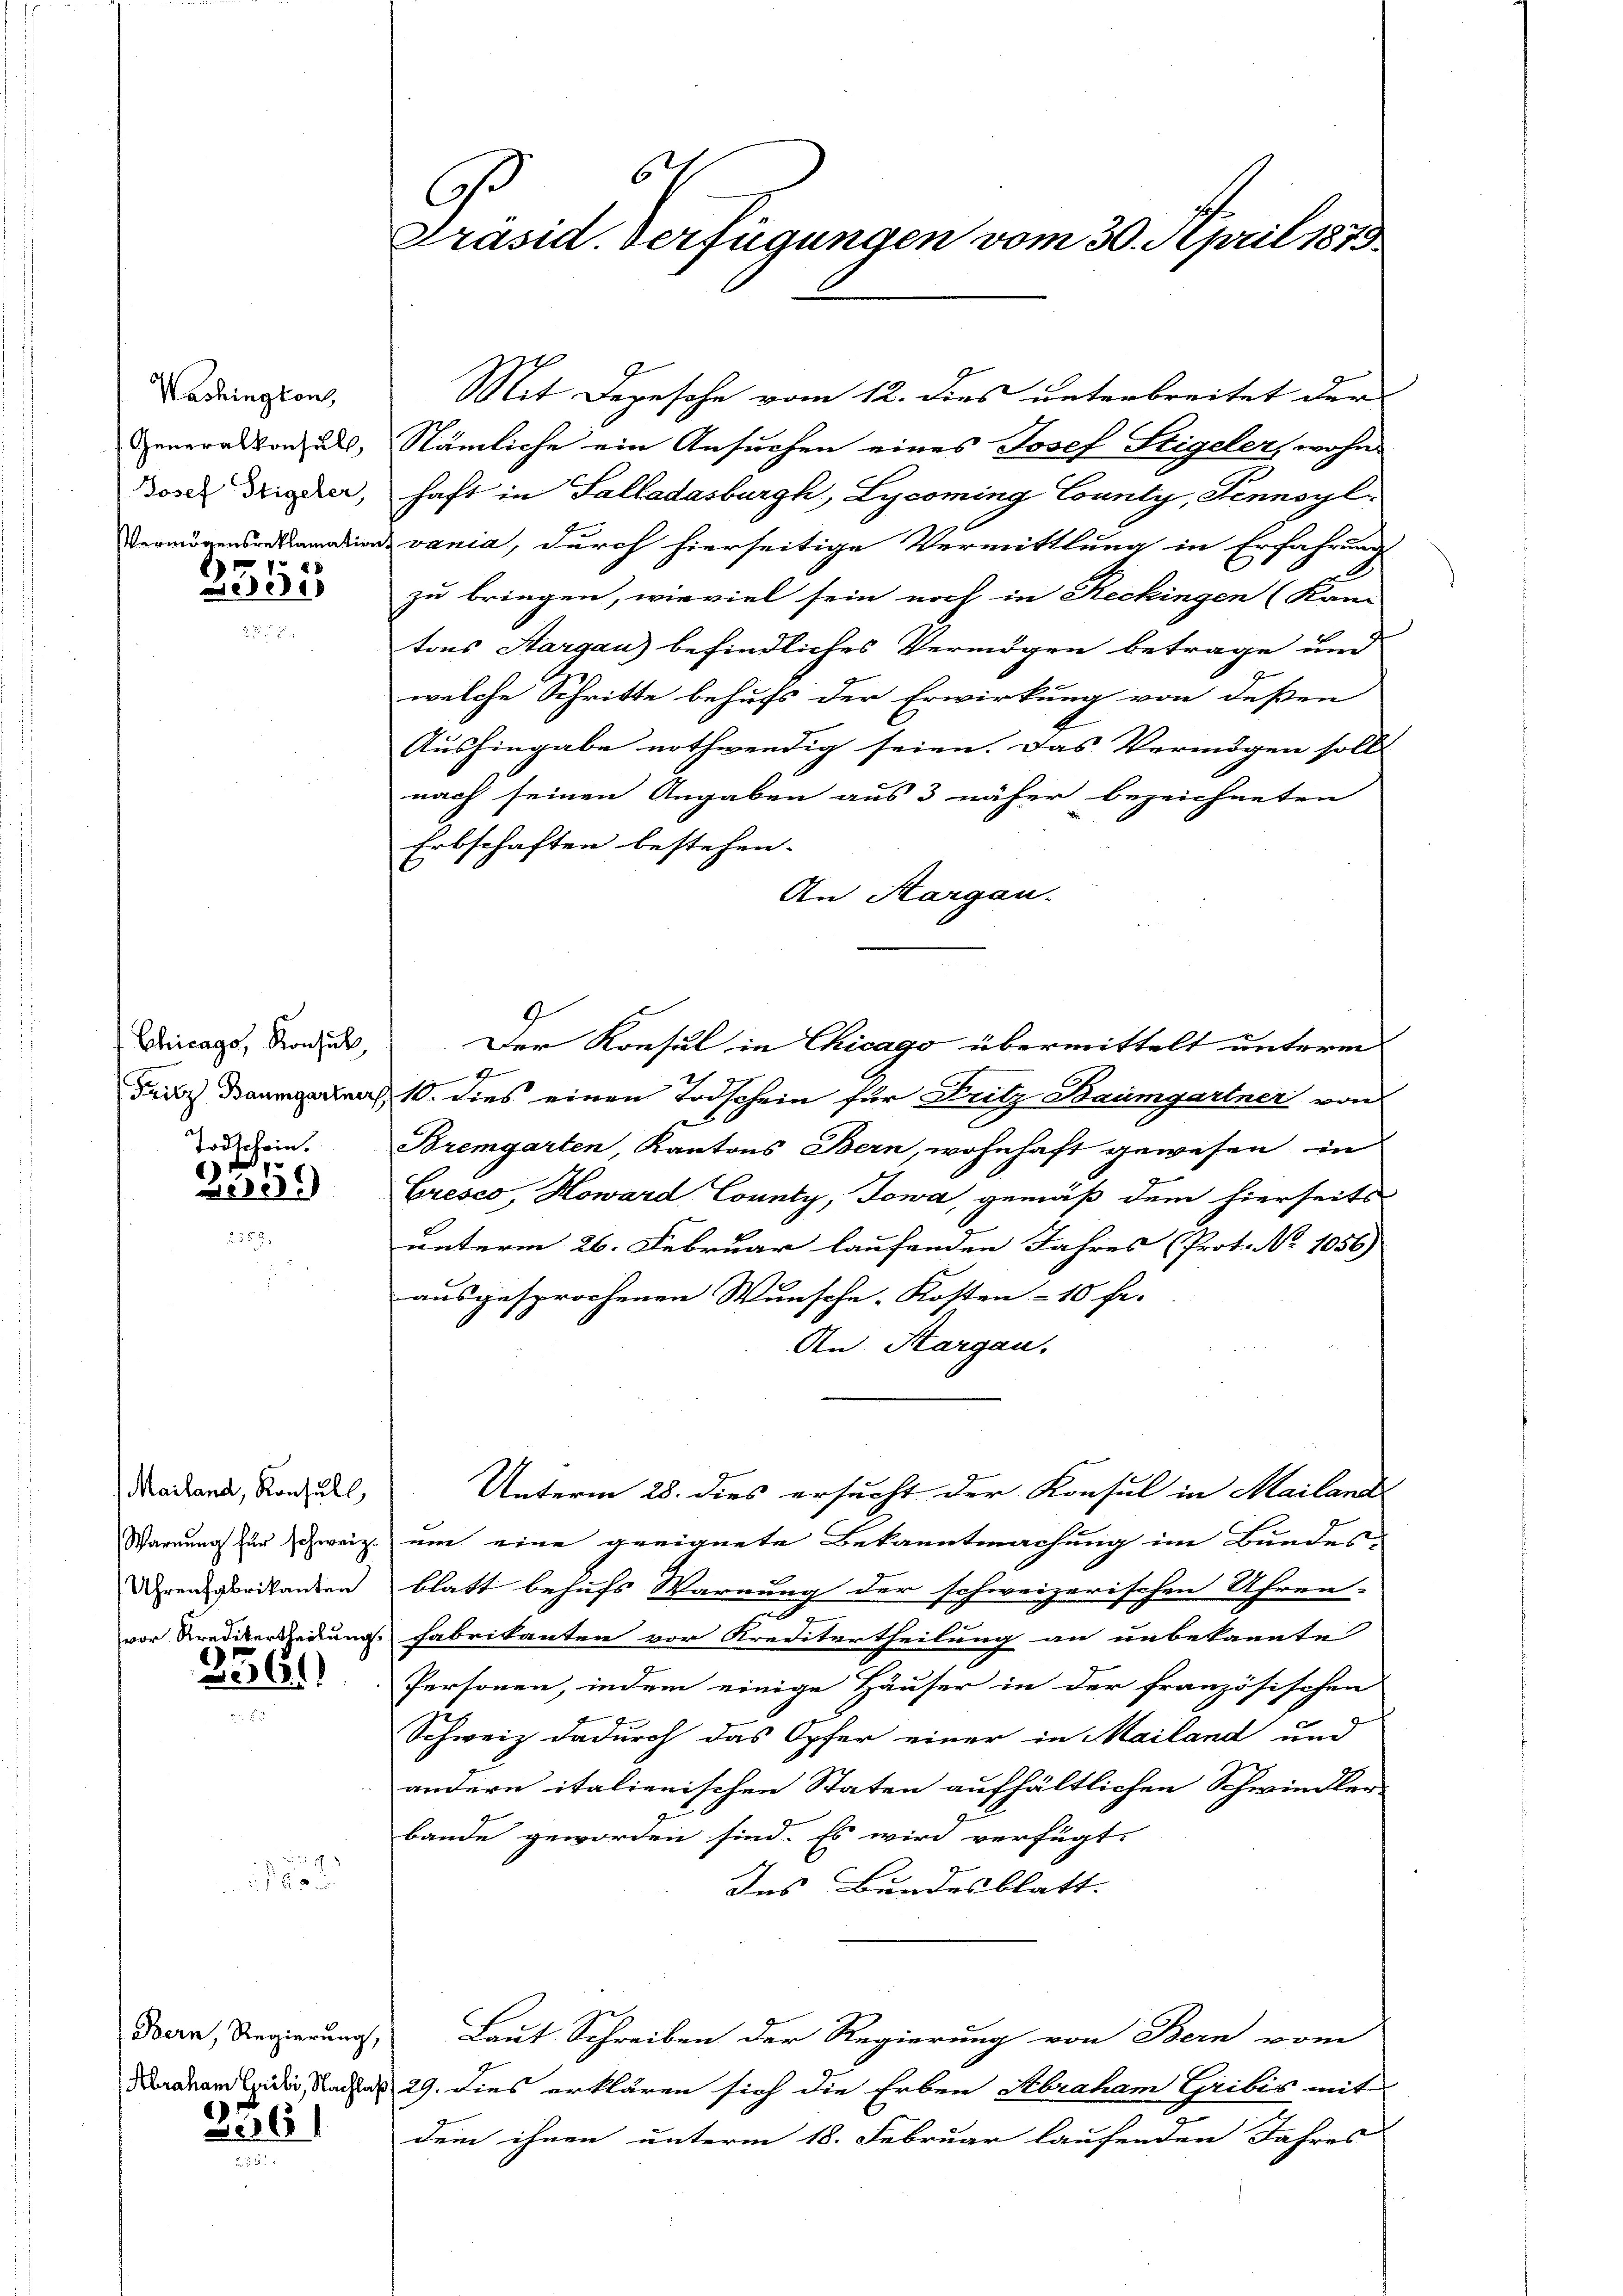
Washington
Generalkonsull
Josef Steigeler,
Vermögensreklamation

515

Chicago, Konsul,
Fritz Baumgartner,

Todschein.
) de
20)

Mailand, Konsull
Warnung für schweiz.
Uhrenfabrikanten
vor Kreditertheilung.

3361)

ung

Bern, Regierung,
Abraham Gribi, Nachlaf

236)

6
G.
Präsid. Verfügungen vom 30. April 1873

Mit Depesche vom 12. dies unterbreitet der
Nämliche ein Ansuchen eines Josef Stigeler, wohn
haft in Salladasburg, Lycoming County, Fennsyl
Ivania, durch hierseitige Vermittlung in Erfahrung
zu bringen, wieviel sein noch in Reckingen (Kan
tons Aargau) befindliches Vermögen betrage und
welche Schritte behufs der Erwirkung von deßen
Aushingabe nothwendig seien. Das Vermögen sollt
nach seinen Angaben aus 3 näher bezeichneten
Erbschaften bestehen.
An Aargau.
G
Der Konsul in Chicago übermittelt unterm
Ihr
& 10. dies einen Todschein für Fritz Baumgartner von
Bremgarten, Kantons Bern, wohnhaft gewesen in
Cresco Howard County, Jowa, gemäß dem hierseits
unterm 26. Februar laufenden Jahres Prot. No 1056)
ausgesprochenen Wunsche. Kosten - 10 Fr.
An Aargau.
Unterm 28. dies ersucht der Konsul in Mailand
um eine geeignete Bekanntmachung im Bundes-
blatt behufs Warnung der schweizerischen Uhren-
.
f
Fabrikanten vor Kreditertheilung an unbekannte
Personen, indem einige Häuser in der französischen
Schweiz dadurch das Opfer einer in Mailand und
andern italienischen Staten aufhältlichen Schwindler
bande geworden sind. Es wird verfügt:
Ins Bundesblatt.
Laut Schreiben der Regierung von Bern vom
29. Dies erklären sich die Erben Abraham Gribis mit
dem ihnen unterm 18. Februar laufenden Jahres